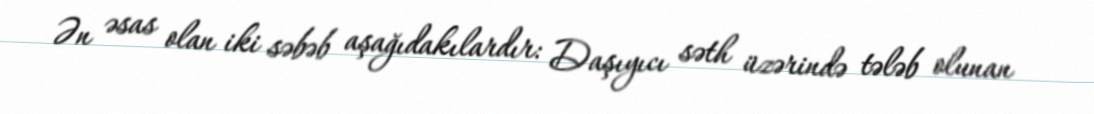
Ən əsas olan iki səbəb aşağıdakılardır: Daşıyıcı səth üzərində tələb olunan